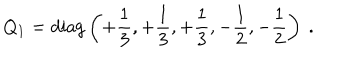
Q _ { 1 } = \mathrm { d i a g } \left( + { \frac { 1 } { 3 } } , + { \frac { 1 } { 3 } } , + { \frac { 1 } { 3 } } , - { \frac { 1 } { 2 } } , - { \frac { 1 } { 2 } } \right) \ .